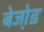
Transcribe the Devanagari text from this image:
बेजो़ड